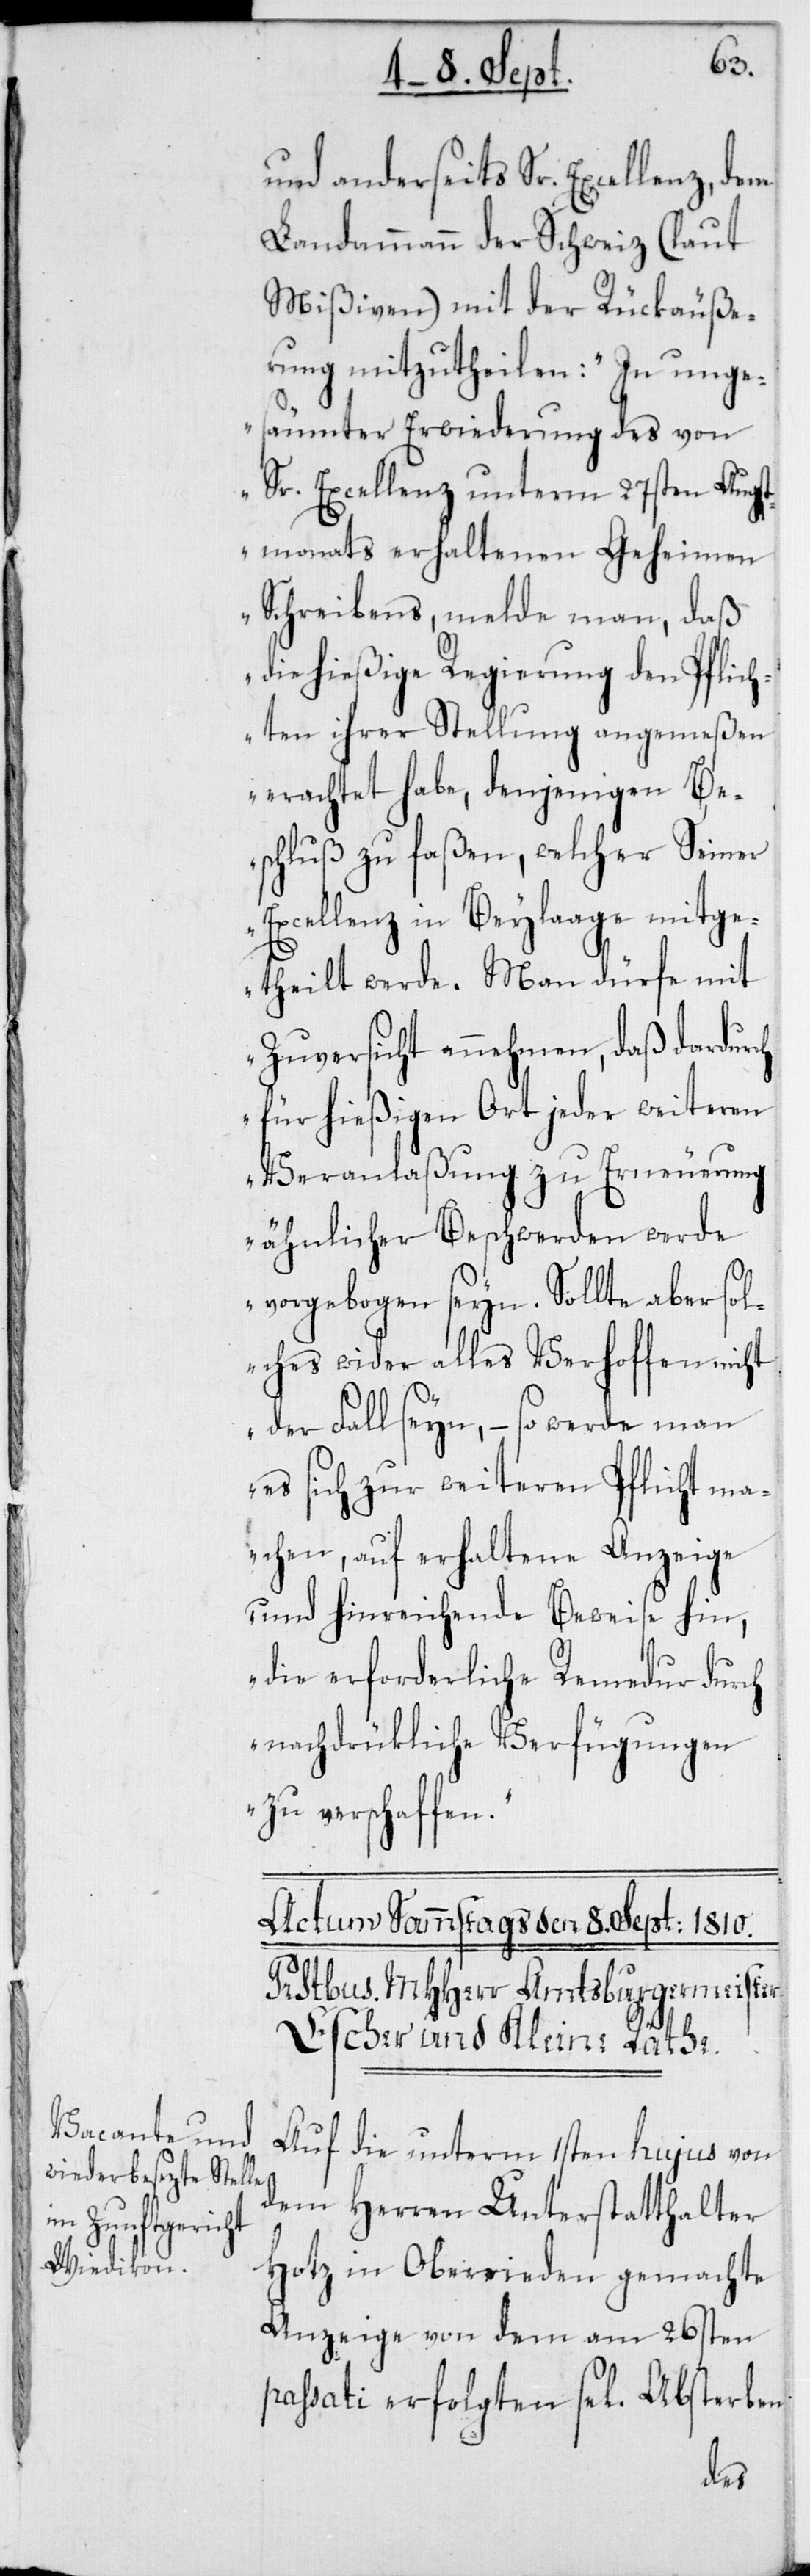
und anderseits Sr. Excellenz, dem
Landammann der Schweiz (laut
Mißiven) mit der Rückäuße¬
rung mitzutheilen: „In unge¬
säumter Erwiederung des von
Sr. Excellenz unterm 27sten Augst¬
monats erhaltenen Geheimen
Schreibens, melde man, daß
die hießige Regierung den Pflich¬
ten ihrer Stellung angemeßen
erachtet habe, denjenigen Be¬
schluß zu faßen, welcher Seiner
Excellenz in Beylaage mitge¬
theilt werde. Man dürfe mit
Zuversicht annehmen, daß dardurch
für hießigen Ort jeder weiteren
Veranlaßung zu Erneuerung
ähnlicher Beschwerden werde
vorgebogen seyn. Sollte aber sol¬
ches wider alles Verhoffen nicht
der Fall seyn, – so werde man
es sich zur weiteren Pflicht ma¬
chen, auf erhaltene Anzeige
und hinreichende Beweise hin,
die erforderliche Remedur durch
nachdrükliche Verfügungen
zu verschaffen“.
Auf die unterm 1sten hujus von
dem Herren Unterstatthalter
Hotz in Oberrieden gemachte
Anzeige von dem am 26sten
passati erfolgten sel. Absterben